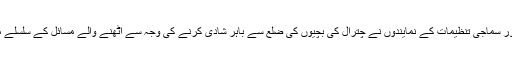
چترال ( نمائندہ چترال ایکسپریس ) چترال کے ناظمین ، کونسلرز ،اور سماجی تنظیمات کے نمایندوں نے چترال کی بچیوں کی ضلع سے باہر شادی کرنے کی وجہ سے اُٹھنے والے مسائل کے سلسلے میں سنجیدہ اور سخت اقدامات اُٹھانے کی ضرورت پر زور دیا ہے ۔